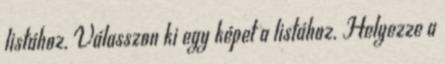
listához. Válasszon ki egy képet a listához. Helyezze a